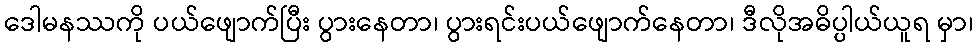
ဒေါမနဿကို ပယ်ဖျောက်ပြီး ပွားနေတာ၊ ပွားရင်းပယ်ဖျောက်နေတာ၊ ဒီလိုအဓိပ္ပါယ်ယူရ မှာ၊